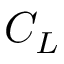
C _ { L }